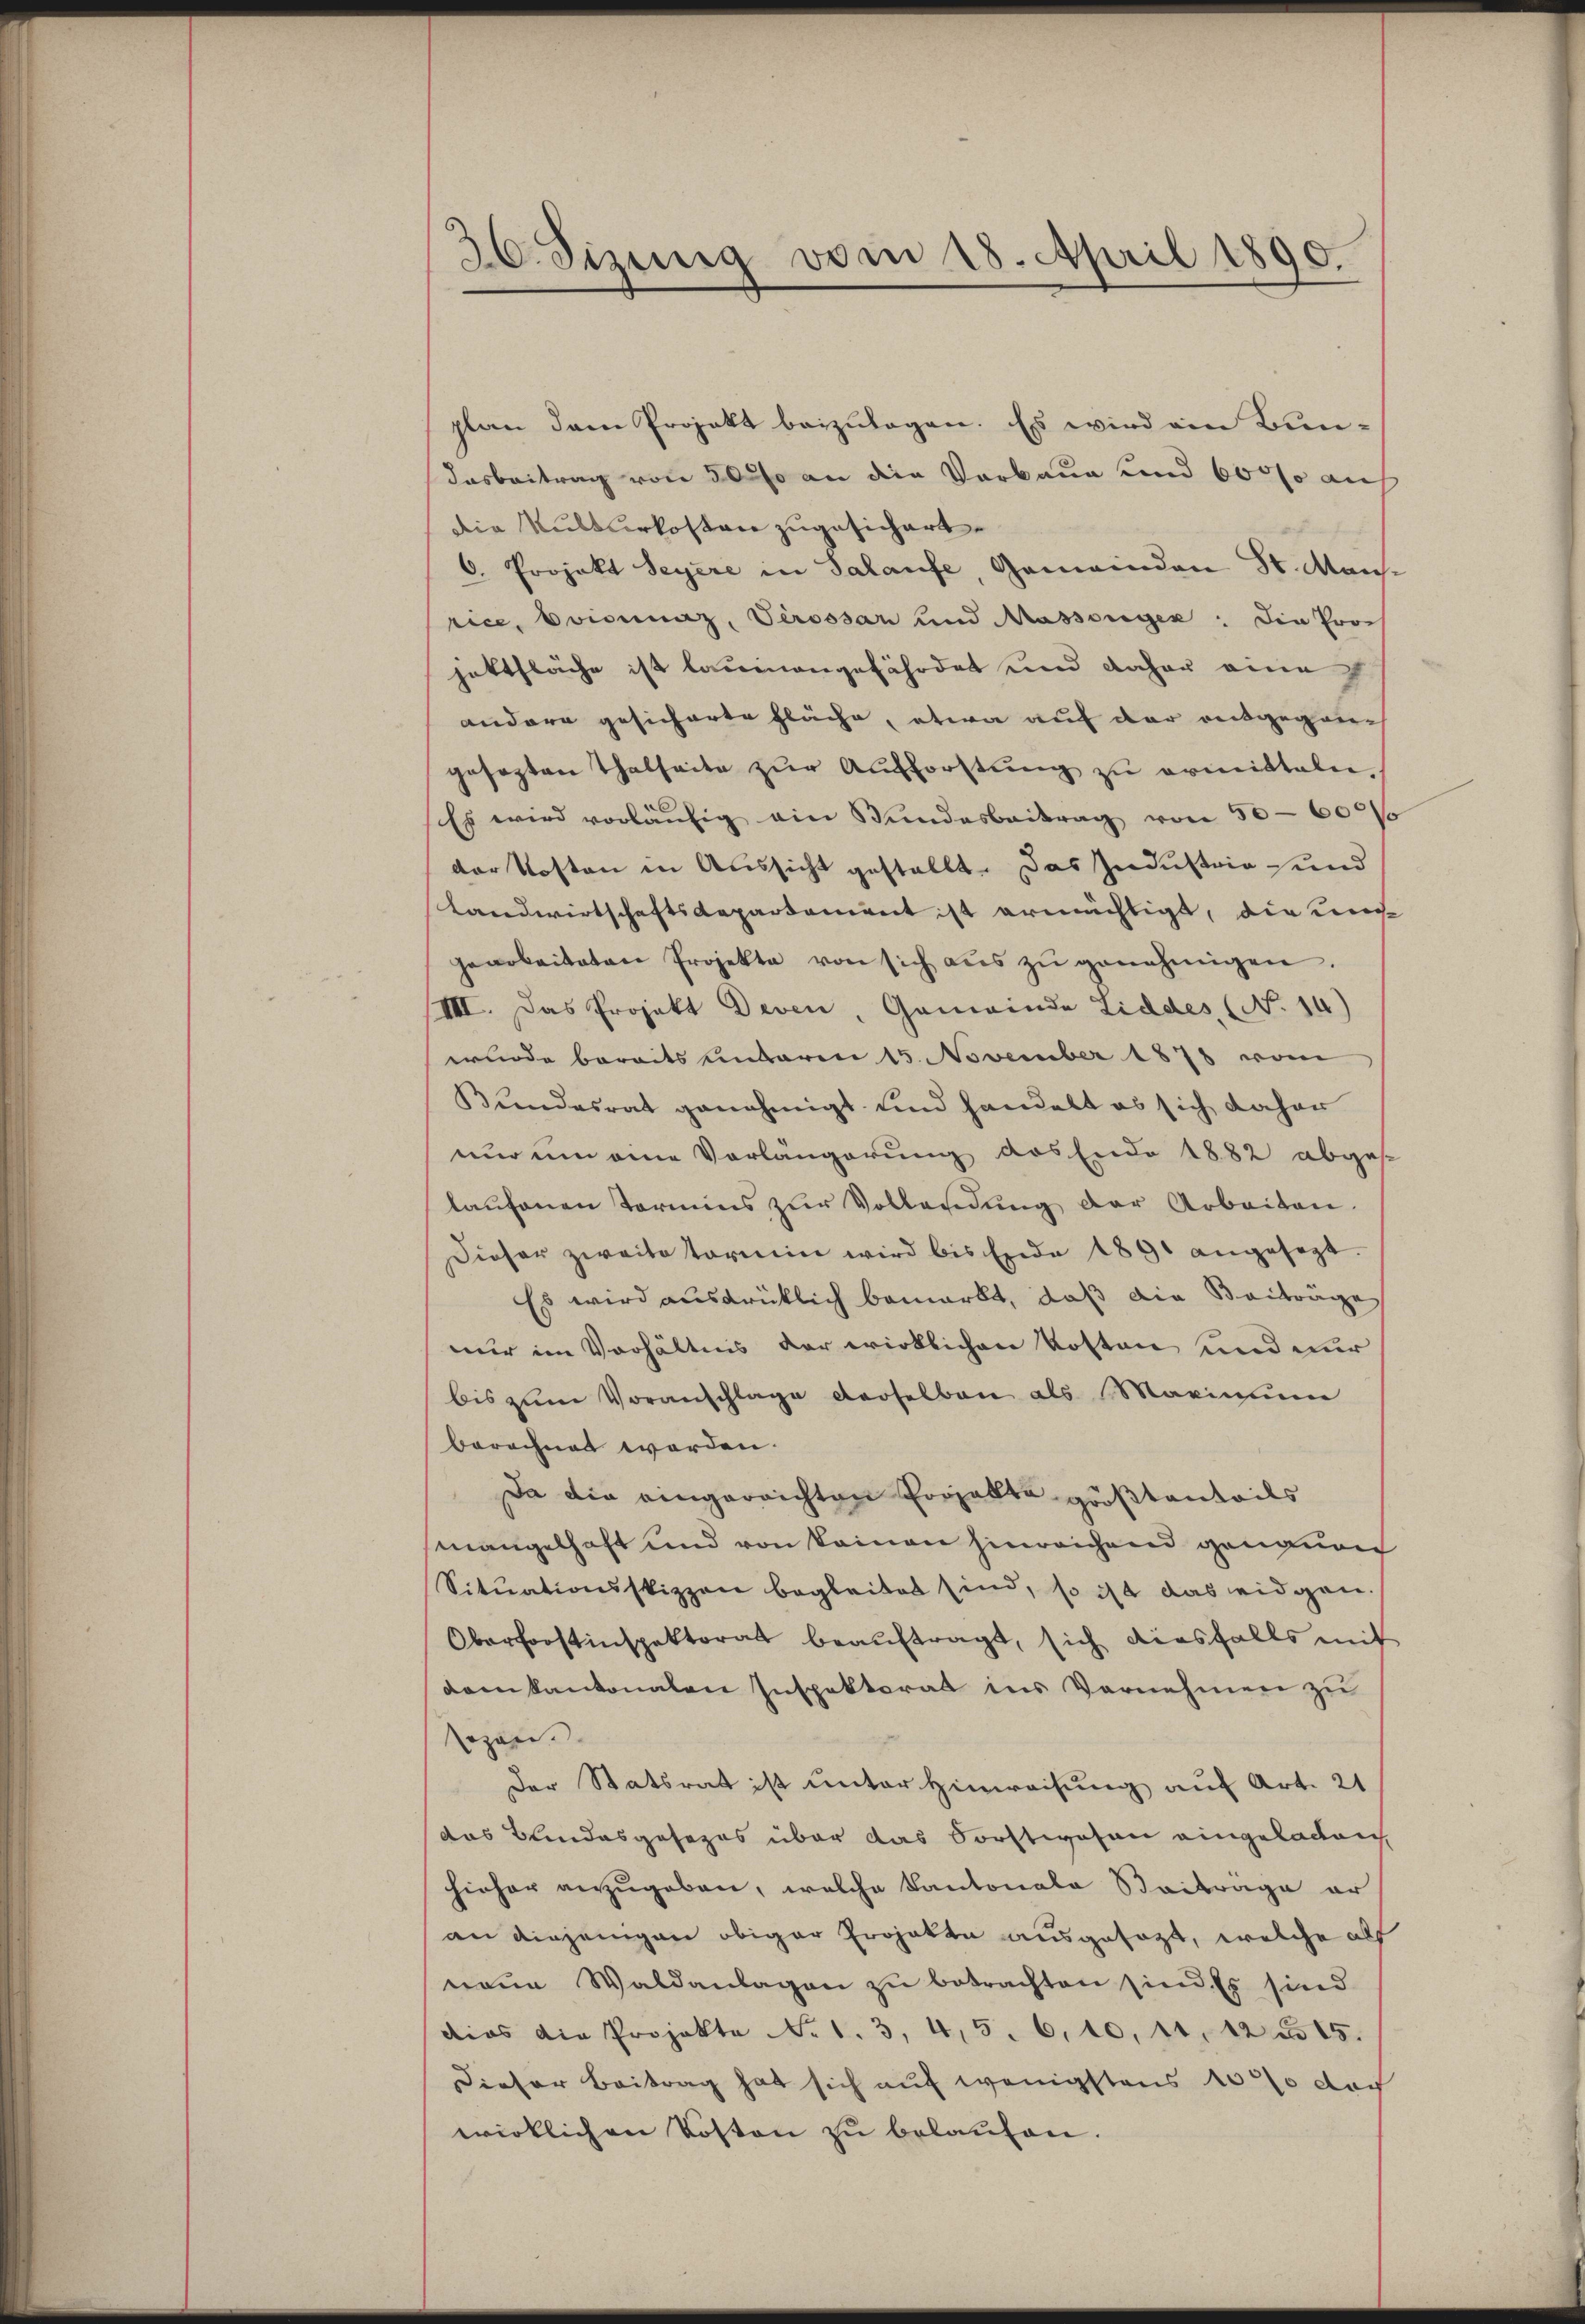
36 Sizung vom 18. April 1890.

plan dem Projekt beizulagen. Es wird ein Bundasbeitrag von 50 so an die Verkann und 60000 auch
Die Kulturkosten zugesichert.
6. Projekt Seyere in Salaufe, Gemeinden St. Mans.
rice, Boivinaz, Verossar und Massorgen: Die Pross
jettfläche ist lauenangefährdet und daher eine
andere gesicherte Fläche, etwa auf der entgegangesezten Thatseite zŭr Aŭfforstŭng zŭ ermitteln.
Es wird vorläŭfig ain Bundesbeitrag von 50000
der Kosten in Aussicht gestellt. Das Industrie und
Landwirtschaftsdepartement ist ermächtigt, die uns
gearbeiteten Projekte von sich aŭs zŭ genehmigen.
VII. Das Projekt Deven, Gemeinde Liddes (No. 14)
wurde bereits unterm 15. November 1878 vom
Bundesrat genehmigt und handelt es sich daher
nur um eine Vorlängerung des Ende 1882 abges
laufenen Termins zur Vollendung der Arbeiten.
Dieser zweite Tornin wird bis Ende 1891 angesagt.
Es wird ausdrücklich bemerkt, daß die Beiträge
nur im Verhältnis der wirklichen Kosten und dur
bis zŭm Voranschlage derselben als Maximum
berechnet werden.
Da die eingereichten Projekte größtenteils
mangelhaft und von keinen hinreichend genauen
Situationsstizzen begleitet sind, so ist das eidgen.
Oberforstinspektorat beauftragt, sich diesfalls mit
dem kantonalen Inspektorat ins Vernehmen zu
sozan
Der Statsrat ist unter Hinweisung auf Art. 21
das Bundesgesezes über das Vorstwesen eingeladen
hieher anzugeben, welche Kantonale Beitrage er
an einjenigen obiger Projekte ausgesagt, welche als
neŭe Waldanlagen zŭ betrachten sind. Es sind
dies die Projekte No. 1. 3, 4, 5. 6. 10, 11, 22 n 15.
Dieser Beitrag hat sich auf wenigstens 100% doc
wirklichen Kosten zu belaufen.